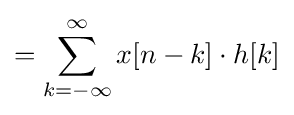
=\sum _{k=-\infty }^{\infty }x[n-k]\cdot h[k]